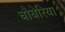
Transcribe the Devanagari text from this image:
चौबेरिया